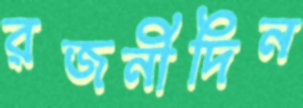
রজনীদিন